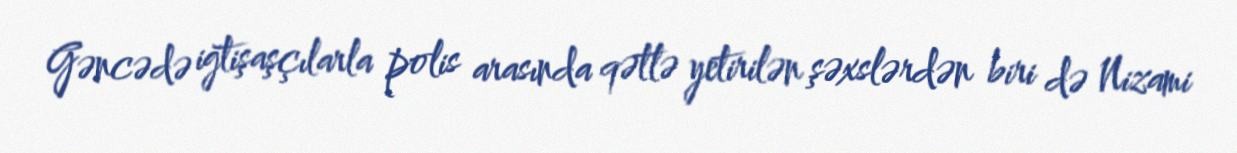
Gəncədə iğtişaşçılarla polis arasında qətlə yetirilən şəxslərdən biri də Nizami